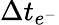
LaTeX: \Delta t_{e^{-}}